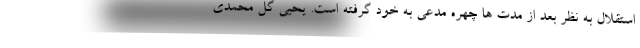
استقلال به نظر بعد از مدت ها چهره مدعی به خود گرفته است. یحیی گل محمدی